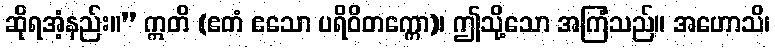
ဆိုရအံ့နည်း။” ဣတိ (ဧတံ ဧသော ပရိဝိတက္ကော)၊ ဤသို့သော အကြံသည်။ အဟောသိ၊